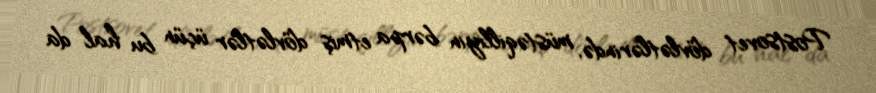
Postsovet dövlətlərində, müstəqilliyin bərpa etmiş dövlətlər üçün bu hal da